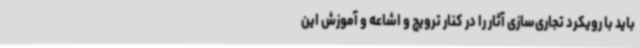
باید با رویکرد تجاری‌سازی آثار را در کنار ترویج و اشاعه و آموزش این